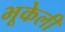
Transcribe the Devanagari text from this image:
भूकेली